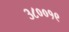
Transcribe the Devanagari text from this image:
३८००१९